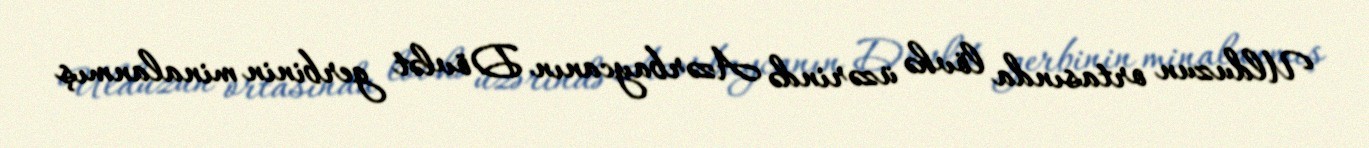
Ulduzun ortasında lövhə üzərində Azərbaycanın Dövlət gerbinin minalanmış